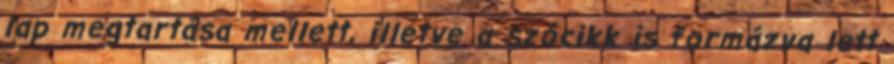
lap megtartása mellett, illetve a szócikk is formázva lett